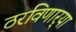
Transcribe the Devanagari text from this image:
ठरविणार्‍या